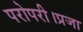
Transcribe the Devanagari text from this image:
परोपरी।प्रजा